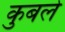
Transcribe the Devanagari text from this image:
कुबले